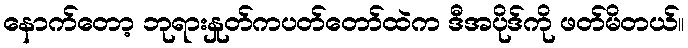
နောက်တော့ ဘုရားနှုတ်ကပတ်တော်ထဲက ဒီအပိုဒ်ကို ဖတ်မိတယ်။